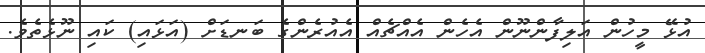
އުޅޭ މީހުން އަލިފާންނޫން އެހެން އެއްޗެއް އެއުރެންގެ ބަނޑަށް (އަޅައި) ކައި ނޫޅެތެވެ.